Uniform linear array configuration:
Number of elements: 32
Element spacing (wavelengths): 0.5
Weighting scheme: uniform
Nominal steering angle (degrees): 15
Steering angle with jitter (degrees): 16.732
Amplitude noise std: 0.05
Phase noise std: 0.05

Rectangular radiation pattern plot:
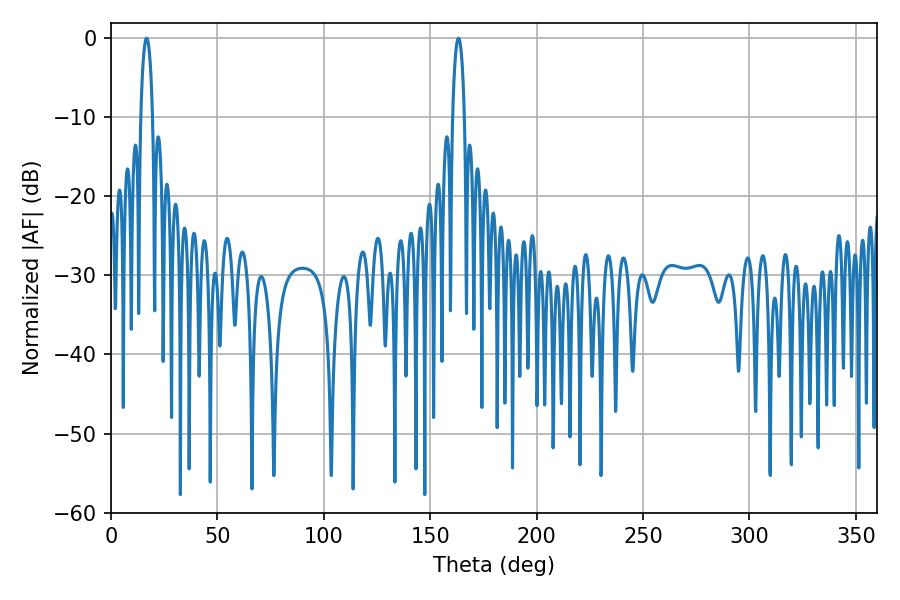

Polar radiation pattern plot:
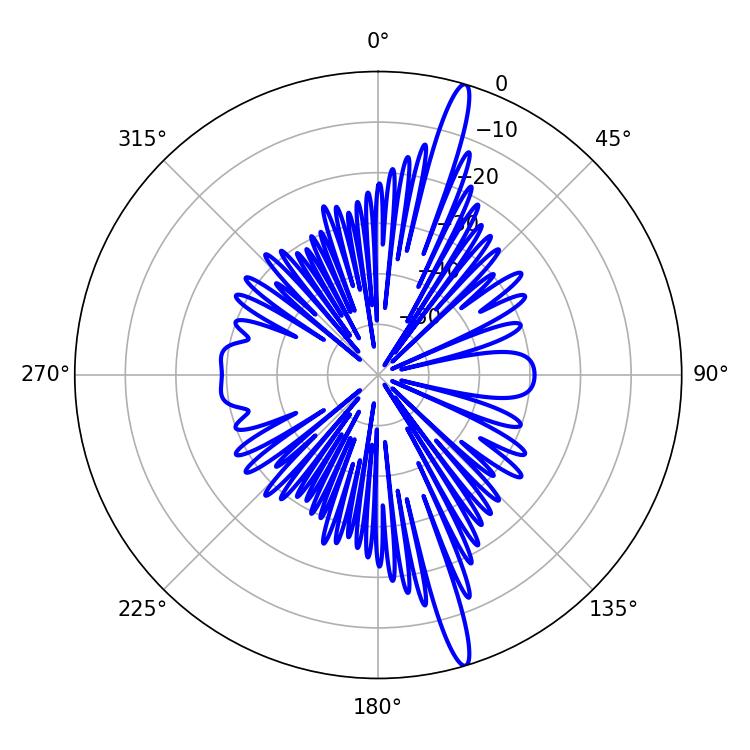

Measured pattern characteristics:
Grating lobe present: FALSE
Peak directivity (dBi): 17.354
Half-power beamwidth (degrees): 3.24
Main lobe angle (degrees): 16.74